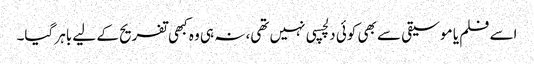
اسے فلم یا موسیقی سے بھی کوئی دلچسپی نہیں تھی، نہ ہی وہ کبھی تفریح کے لیے باہر گیا۔